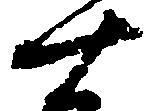
十